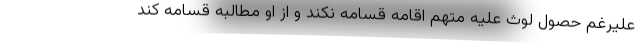
علیرغم حصول لوث علیه متهم اقامه قسامه نکند و از او مطالبه قسامه کند